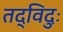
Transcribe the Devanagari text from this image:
तद्विदुः